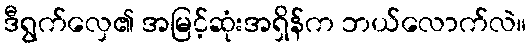
ဒီရွက်လှေ၏ အမြင့်ဆုံးအရှိန်က ဘယ်လောက်လဲ။